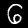
Digit: 6